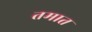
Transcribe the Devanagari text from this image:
तमात